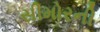
સીમોરની